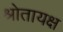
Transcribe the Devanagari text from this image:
श्रोतायक्ष